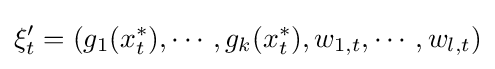
\xi _{t}'=(g_{1}(x_{t}^{*}),\cdots ,g_{k}(x_{t}^{*}),w_{1,t},\cdots ,w_{l,t})